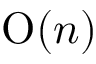
\mathrm { O } ( n )